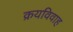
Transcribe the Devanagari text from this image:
क्रयविवाह